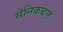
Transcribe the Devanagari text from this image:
सैनिकबल